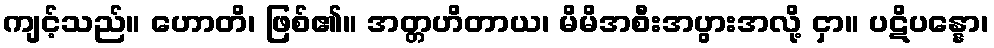
ကျင့်သည်။ ဟောတိ၊ ဖြစ်၏။ အတ္တဟိတာယ၊ မိမိအစီးအပွားအလို့ ငှာ။ ပဋိပန္နော၊